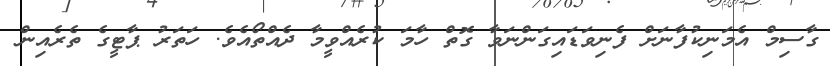
ގާސިމް އެމަނިކުފާނަށް ފެނިވަޑައިގަންނަވާ ގޮތް ހާމަ ކުރެއްވީމާ ދެއްތޯއެވެ. ހަތަރު ޕާޓީގެ ތެރެއިން